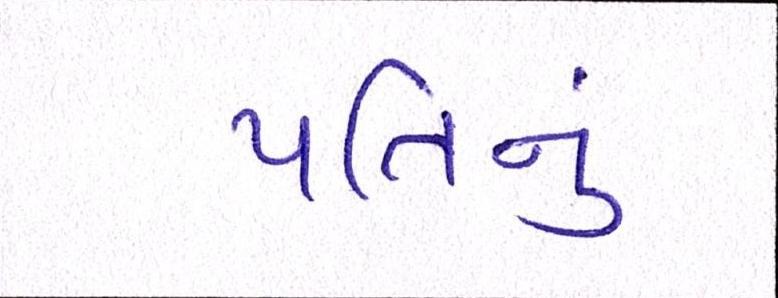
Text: પતિનું